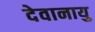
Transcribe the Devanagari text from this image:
देवानायु